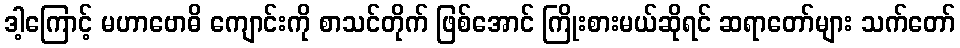
ဒါ့ကြောင့် မဟာဗောဓိ ကျောင်းကို စာသင်တိုက် ဖြစ်အောင် ကြိုးစားမယ်ဆိုရင် ဆရာတော်များ သက်တော်